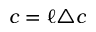
c = \ell \triangle c